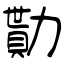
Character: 勩